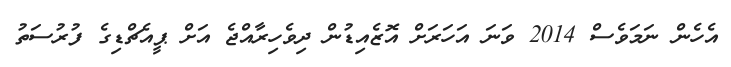
އެހެން ނަމަވެސް 2014 ވަނަ އަހަރަށް އޮޒެއިޑުން ދިވެހިރާއްޖެ އަށް ޕީއެޗްޑިގެ ފުރުސަތު